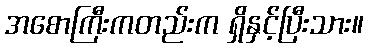
အစောကြီးကတည်းက ရှိနှင့်ပြီးသား။